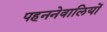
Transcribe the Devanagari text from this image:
पहननेवालियों